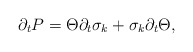
\begin{align*}\partial_{t}P=\Theta \partial_{t}\sigma_{k}+\sigma_{k}\partial_{t}\Theta,\end{align*}